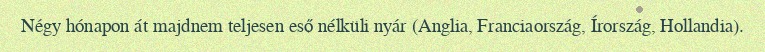
Négy hónapon át majdnem teljesen eső nélküli nyár (Anglia, Franciaország, Írország, Hollandia).